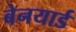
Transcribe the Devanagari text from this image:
बेनयार्ड